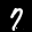
Label: 7